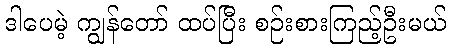
ဒါပေမဲ့ ကျွန်တော် ထပ်ပြီး စဉ်းစားကြည့်ဦးမယ်